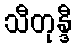
သီတုန္ဒီ